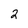
Character: 2